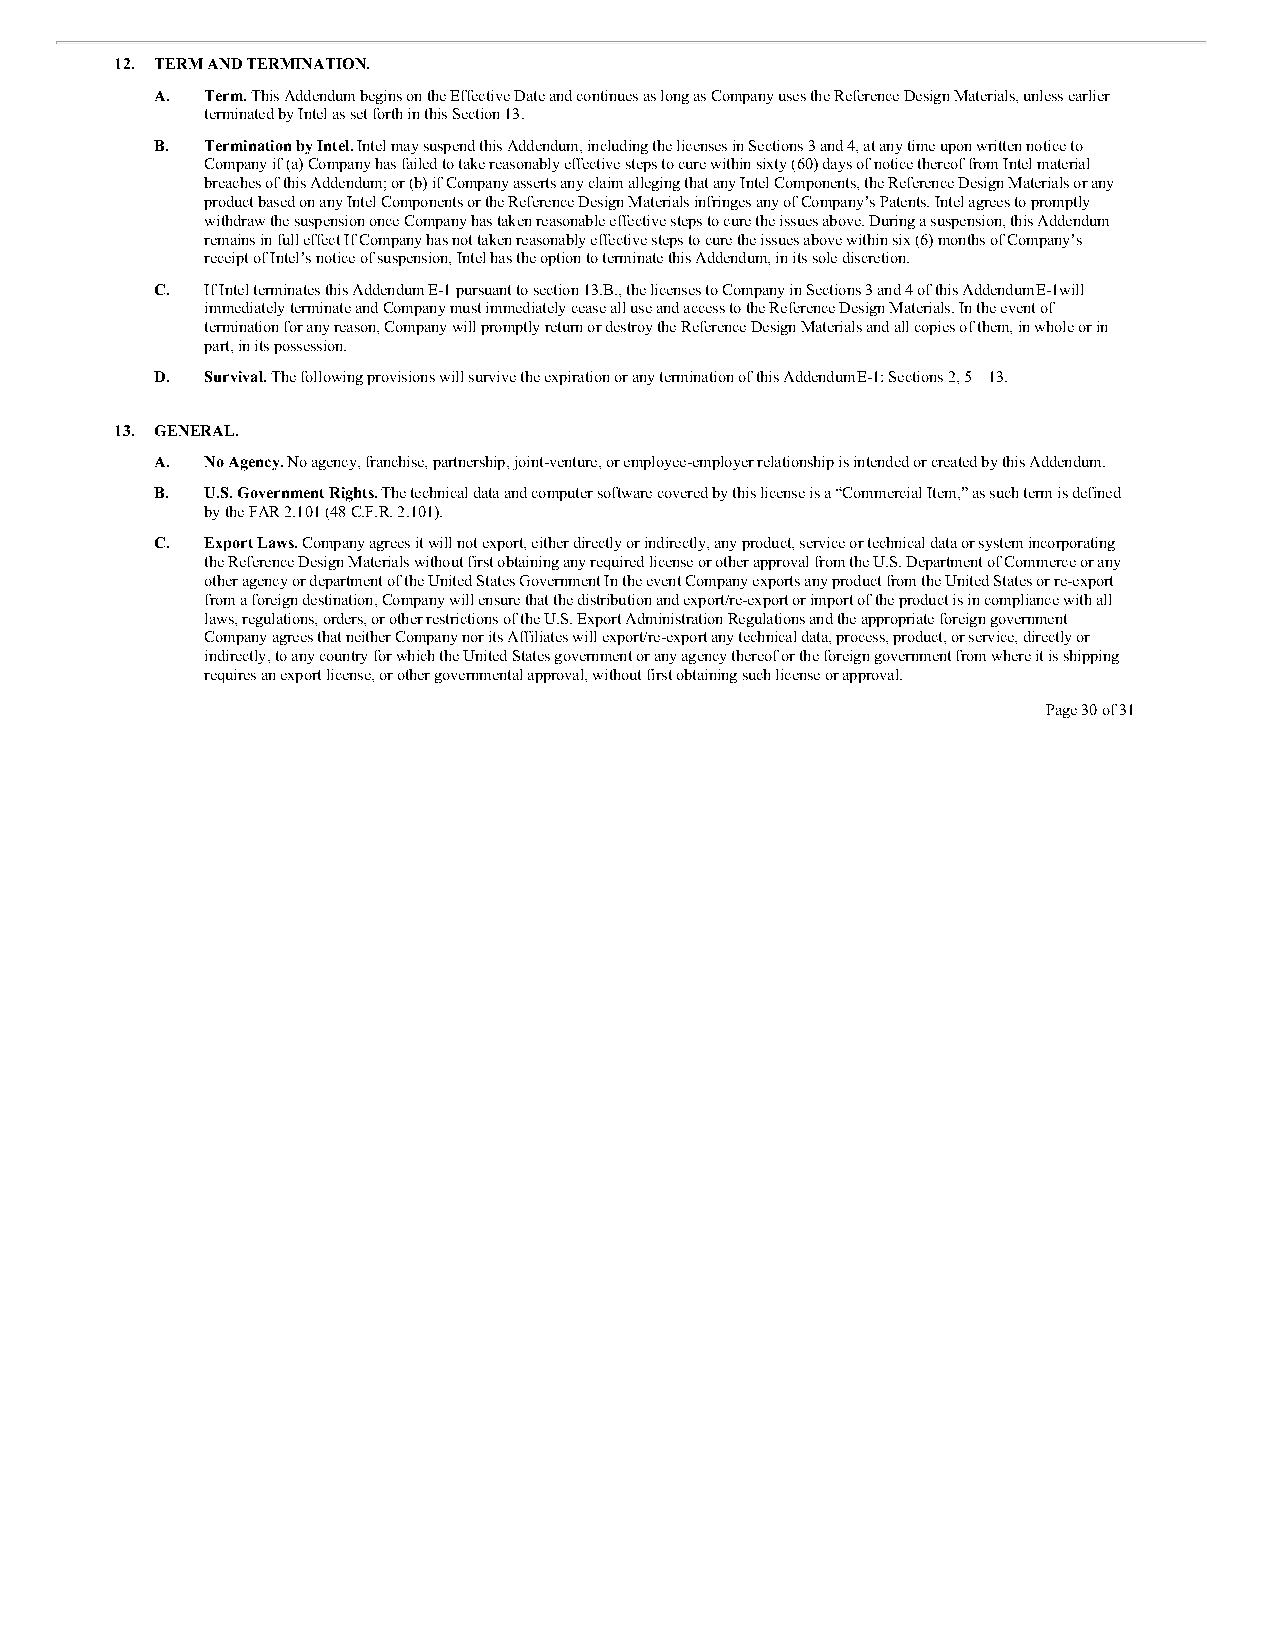
12. TERM AND TERMINATION.
 A.  Term. This Addendum begins on the Effective Date and continues as long as Company uses the Reference Design Materials, unless earlier
 terminated by Intel as set forth in this Section 13.
 B.  Termination by Intel. Intel may suspend this Addendum, including the licenses in Sections 3 and 4, at any time upon written notice to
 Company if (a) Company has failed to take reasonably effective steps to cure within sixty (60) days of notice thereof from Intel material
 breaches of this Addendum; or (b) if Company asserts any claim alleging that any Intel Components, the Reference Design Materials or any
 product based on any Intel Components or the Reference Design Materials infringes any of Company’s Patents. Intel agrees to promptly
 withdraw the suspension once Company has taken reasonable effective steps to cure the issues above. During a suspension, this Addendum
 remains in full effect If Company has not taken reasonably effective steps to cure the issues above within six (6) months of Company’s
 receipt of Intel’s notice of suspension, Intel has the option to terminate this Addendum, in its sole discretion.
 C.  If Intel terminates this Addendum E-1 pursuant to section 13.B., the licenses to Company in Sections 3 and 4 of this Addendum E-1will
 immediately terminate and Company must immediately cease all use and access to the Reference Design Materials. In the event of
 termination for any reason, Company will promptly return or destroy the Reference Design Materials and all copies of them, in whole or in
 part, in its possession.
 D.  Survival. The following provisions will survive the expiration or any termination of this Addendum E-1: Sections 2, 5—13.
 13. GENERAL.
 A.  No Agency. No agency, franchise, partnership, joint-venture, or employee-employer relationship is intended or created by this Addendum.
 B.  U.S. Government Rights. The technical data and computer software covered by this license is a “Commercial Item,” as such term is defined
 by the FAR 2.101 (48 C.F.R. 2.101).
 C.  Export Laws. Company agrees it will not export, either directly or indirectly, any product, service or technical data or system incorporating
 the Reference Design Materials without first obtaining any required license or other approval from the U.S. Department of Commerce or any
 other agency or department of the United States Government In the event Company exports any product from the United States or re-export
 from a foreign destination, Company will ensure that the distribution and export/re-export or import of the product is in compliance with all
 laws, regulations, orders, or other restrictions of the U.S. Export Administration Regulations and the appropriate foreign government
 Company agrees that neither Company nor its Affiliates will export/re-export any technical data, process, product, or service, directly or
 indirectly, to any country for which the United States government or any agency thereof or the foreign government from where it is shipping
 requires an export license, or other governmental approval, without first obtaining such license or approval.
 Page 30 of 31